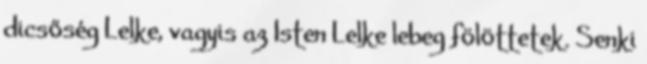
dicsőség Lelke, vagyis az Isten Lelke lebeg fölöttetek. Senki